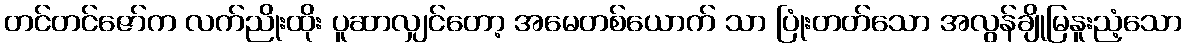
တင်တင်ဇော်က လက်ညိုးထိုး ပူဆာလျှင်တော့ အမေတစ်ယောက် သာ ပြုံးတတ်သော အလွန်ချိုမြနူးညံ့သော